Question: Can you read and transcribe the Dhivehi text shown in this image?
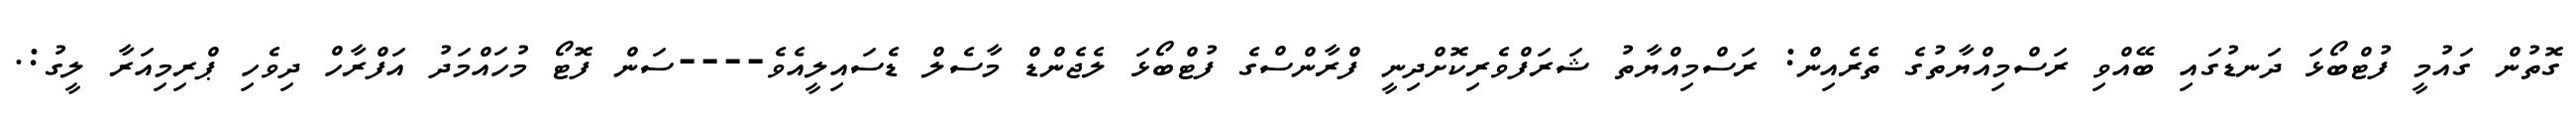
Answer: ގޮތުން ގައުމީ ފުޓްބޯޅަ ދަނޑުގައި ބޭއްވި ރަސްމިއްޔާތުގެ ތެރެއިން: ރަސްމިއްޔާތު ޝަރަފްވެރިކޮށްދިނީ ފްރާންސްގެ ފުޓްބޯޅަ ލެޖެންޑް މާސެލް ޑެސައިލީއެވެ----ސަން ފޮޓޯ މުހައްމަދު އަފްރާހް ދިވެހި ޕްރިމިއަރާ ލީގު:.